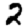
Digit: 2